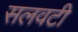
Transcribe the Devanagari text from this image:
सलवटी